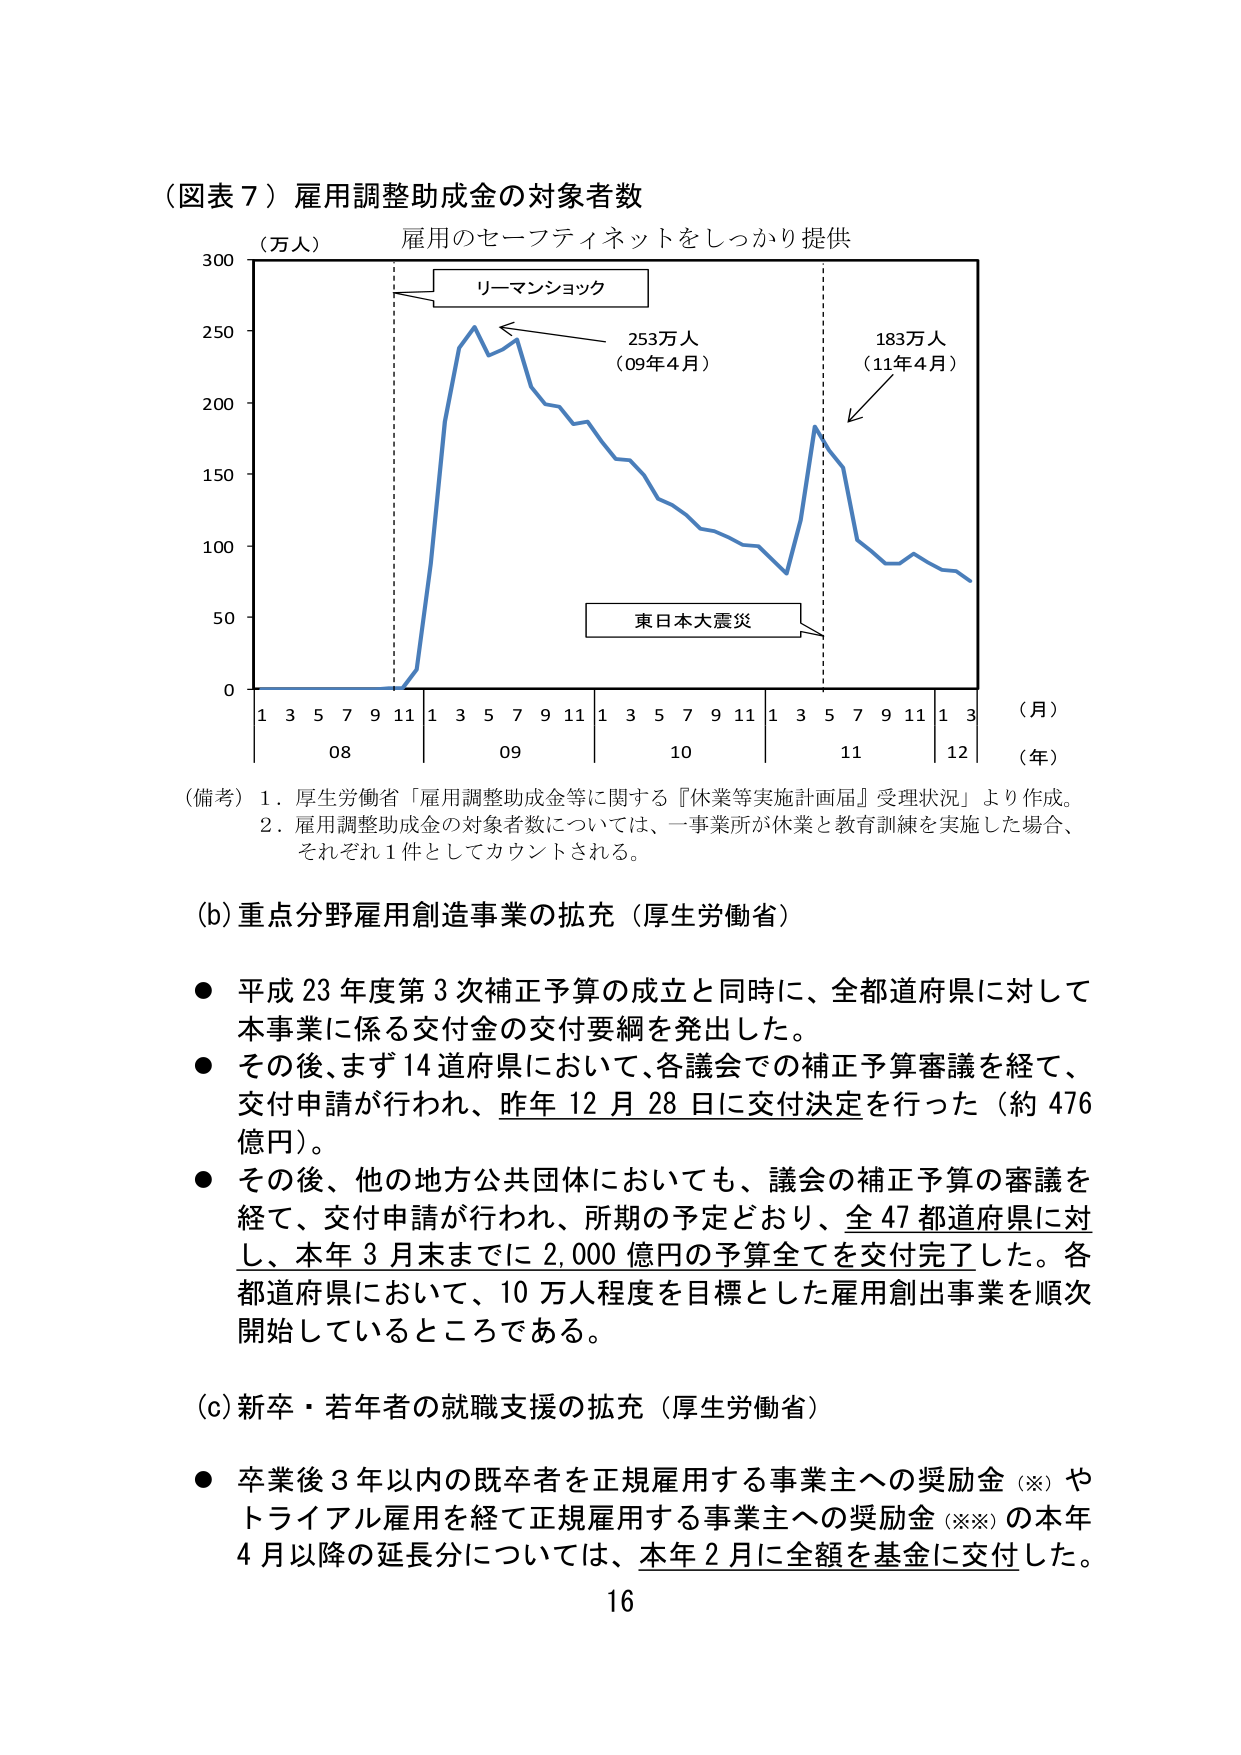
（図表７）雇用調整助成金の対象者数
（万人）雇用のセーフティネットをしっかり提供
リーマンショック
253万人
（09年4月）
183万人
（11年4月）
東日本大震災
（月）
1 3 5 7 9 11 1 3 5 7 9 11 1 3 5 7 9 11 1 3
08 09 10 11 12
（年）
（備考）1．厚生労働省「雇用調整助成金等に関する『休業等実施計画届』受理状況」より作成。
2．雇用調整助成金の対象者数については、一事業所が休業と教育訓練を実施した場合、
それぞれ1件としてカウントされる。

(b)重点分野雇用創造事業の拡充（厚生労働省）
● 平成23年度第3次補正予算の成立と同時に、全都道府県に対して
本事業に係る交付金の交付要綱を発出した。
● その後、まず14道府県において、各議会での補正予算審議を経て、
交付申請が行われ、昨年12月28日に交付決定を行った（約476
億円）。
● その後、他の地方公共団体においても、議会の補正予算の審議を
経て、交付申請が行われ、所期の予定どおり、全47都道府県に対
し、本年3月末までに2,000億円の予算全てを交付完了した。各
都道府県において、10万人程度を目標とした雇用創出事業を順次
開始しているところである。

(c)新卒・若年者の就職支援の拡充（厚生労働省）
● 卒業後3年以内の既卒者を正規雇用する事業主への奨励金（※）や
トライアル雇用を経て正規雇用する事業主への奨励金（※※）の本年
4月以降の延長分については、本年2月に全額を基金に交付した。
16